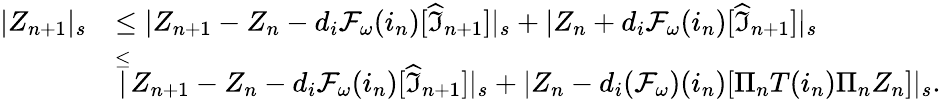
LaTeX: \begin{array}{rl}{|Z_{n+1}|_{s}}&{\le|Z_{n+1}-Z_{n}-d_{i}\mathcal{F}_{\omega}(i_{n})[\widehat{\mathfrak{I}}_{n+1}]|_{s}+|Z_{n}+d_{i}\mathcal{F}_{\omega}(i_{n})[\widehat{\mathfrak{I}}_{n+1}]|_{s}}\\ &{\overset\le|Z_{n+1}-Z_{n}-d_{i}\mathcal{F}_{\omega}(i_{n})[\widehat{\mathfrak{I}}_{n+1}]|_{s}+|Z_{n}-d_{i}(\mathcal{F}_{\omega})(i_{n})[\Pi_{n}T(i_{n})\Pi_{n}Z_{n}]|_{s}.}\end{array}